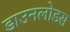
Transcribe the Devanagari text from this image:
डाउनलोडस